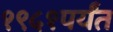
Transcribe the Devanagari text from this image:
१९५१पर्यंत